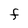
Character: F